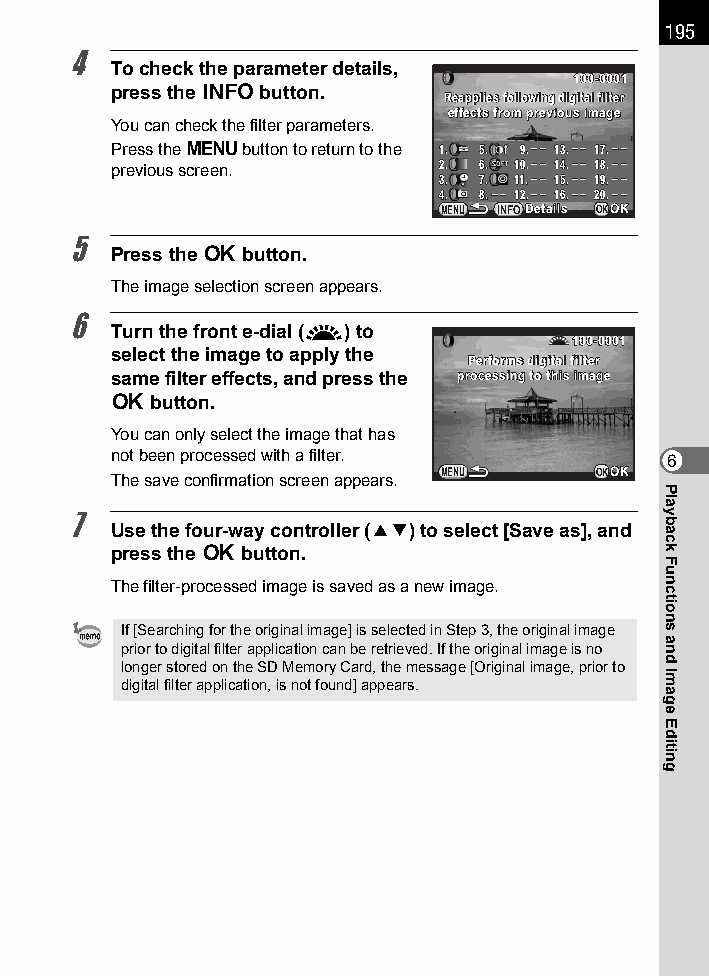
195
 4
 To check the parameter details,
 110000--00000011
 press the M button.
 RReeaapppplliieess ffoolllloowwiinngg ddiiggiittaall ffiilltteerr
 eeffffeeccttss ffrroomm pprreevviioouuss iimmaaggee
 You can check the filter parameters.
 Press the 3 button to return to the 11.. 55.. 99.. 1133.. 1177..
 previous screen.      22.. 66.. 1100.. 1144.. 1188..
 33.. 77.. 1111.. 1155.. 1199..
 44.. 88.. 1122.. 1166.. 2200..
 MMEENNUU INFODDeettaaiillss OKOOKK
 5
 Press the 4 button.
 The image selection screen appears.
 6
 Turn the front e-dial (R) to
 110000--00000011
 select the image to apply the
 PPeerrffoorrmmss ddiiggiittaall ffiilltteerr
 same filter effects, and press the pprroocceessssiinngg ttoo tthhiiss iimmaaggee
 4  button.
 You can only select the image that has
 not been processed with a filter.    6
 The save confirmation screen appears. MENU OKOOKK
 7
 Use the four-way controller (23) to select [Save as], and
 press the 4 button.
 The filter-processed image is saved as a new image.
 If [Searching for the original image] is selected in Step 3, the original image
 prior to digital filter application can be retrieved. If the original image is no
 longer stored on the SD Memory Card, the message [Original image, prior to
 digital filter application, is not found] appears.
 Playback
 Functions
 and
 Image
 Editing